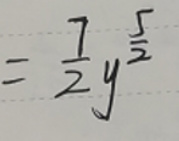
\[=\frac{7}{2}y^{\frac{5}{2}}\]